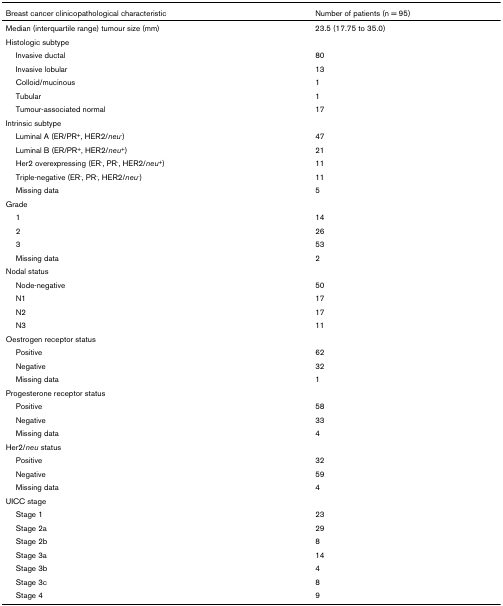
<table><thead><tr><td><b>Breast cancer clinicopathological characteristic</b></td><td><b>Number of patients (n = 95)</b></td></tr></thead><tbody><tr><td>Median (interquartile range) tumour size (mm)</td><td>23.5 (17.75 to 35.0)</td></tr><tr><td>Histologic subtype</td><td></td></tr><tr><td> Invasive ductal</td><td>80</td></tr><tr><td> Invasive lobular</td><td>13</td></tr><tr><td> Colloid/mucinous</td><td>1</td></tr><tr><td> Tubular</td><td>1</td></tr><tr><td> Tumour-associated normal</td><td>17</td></tr><tr><td>Intrinsic subtype</td><td></td></tr><tr><td> Luminal A (ER/PR<sup>+</sup>, HER2/<i>neu</i><sup>-</sup>)</td><td>47</td></tr><tr><td> Luminal B (ER/PR<sup>+</sup>, HER2/<i>neu</i><sup>+</sup>)</td><td>21</td></tr><tr><td> Her2 overexpressing (ER<sup>-</sup>, PR<sup>-</sup>, HER2/<i>neu</i><sup>+</sup>)</td><td>11</td></tr><tr><td> Triple-negative (ER<sup>-</sup>, PR<sup>-</sup>, HER2/<i>neu</i><sup>-</sup>)</td><td>11</td></tr><tr><td> Missing data</td><td>5</td></tr><tr><td>Grade</td><td></td></tr><tr><td> 1</td><td>14</td></tr><tr><td> 2</td><td>26</td></tr><tr><td> 3</td><td>53</td></tr><tr><td> Missing data</td><td>2</td></tr><tr><td>Nodal status</td><td></td></tr><tr><td> Node-negative</td><td>50</td></tr><tr><td> N1</td><td>17</td></tr><tr><td> N2</td><td>17</td></tr><tr><td> N3</td><td>11</td></tr><tr><td>Oestrogen receptor status</td><td></td></tr><tr><td> Positive</td><td>62</td></tr><tr><td> Negative</td><td>32</td></tr><tr><td> Missing data</td><td>1</td></tr><tr><td>Progesterone receptor status</td><td></td></tr><tr><td> Positive</td><td>58</td></tr><tr><td> Negative</td><td>33</td></tr><tr><td> Missing data</td><td>4</td></tr><tr><td>Her2/<i>neu </i>status</td><td></td></tr><tr><td> Positive</td><td>32</td></tr><tr><td> Negative</td><td>59</td></tr><tr><td> Missing data</td><td>4</td></tr><tr><td>UICC stage</td><td></td></tr><tr><td> Stage 1</td><td>23</td></tr><tr><td> Stage 2a</td><td>29</td></tr><tr><td> Stage 2b</td><td>8</td></tr><tr><td> Stage 3a</td><td>14</td></tr><tr><td> Stage 3b</td><td>4</td></tr><tr><td> Stage 3c</td><td>8</td></tr><tr><td> Stage 4</td><td>9</td></tr></tbody></table>